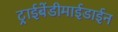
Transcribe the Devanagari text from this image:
ट्राईबेंडीमाईडाईन